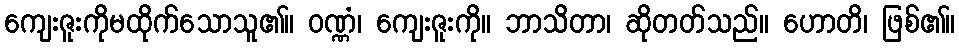
ကျေးဇူးကိုမထိုက်သောသူ၏။ ဝဏ္ဏံ၊ ကျေးဇူးကို။ ဘာသိတာ၊ ဆိုတတ်သည်။ ဟောတိ၊ ဖြစ်၏။